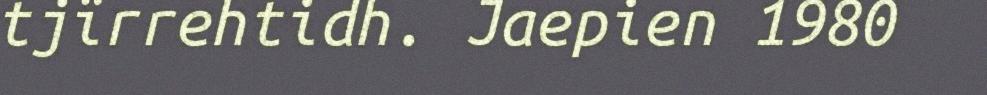
tjïrrehtidh. Jaepien 1980